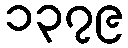
၁၃၇၉